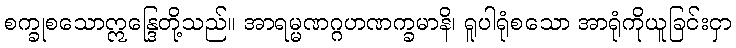
စက္ခုစသောဣန္ဒြေတို့သည်။ အာရမ္မဏဂ္ဂဟဏက္ခမာနိ၊ ရူပါရုံစသော အာရုံကိုယူခြင်းငှာ